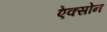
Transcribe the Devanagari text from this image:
ऐक्सोन